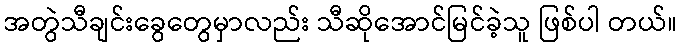
အတွဲသီချင်းခွေတွေမှာလည်း သီဆိုအောင်မြင်ခဲ့သူ ဖြစ်ပါ တယ်။